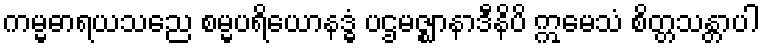
ကမ္မဓာရယသညေ စမ္မပရိယောနဒ္ဓံ ပဌမဇ္ဈာနာဒီနိပိ ဣမေသံ စိတ္တသန္တာပါ